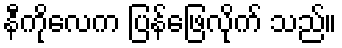
နီကိုလေက ပြန်ဖြေလိုက် သည်။